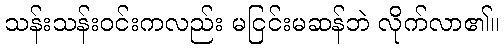
သန်းသန်းဝင်းကလည်း မငြင်းမဆန်ဘဲ လိုက်လာ၏။